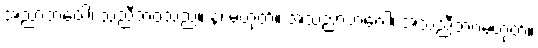
အညာဘဝေါ၊ သညီဘဝသည်။ န၊ မဟုတ်။ အသညာဘဝေါ၊ အသညီဘဝမဟုတ်။